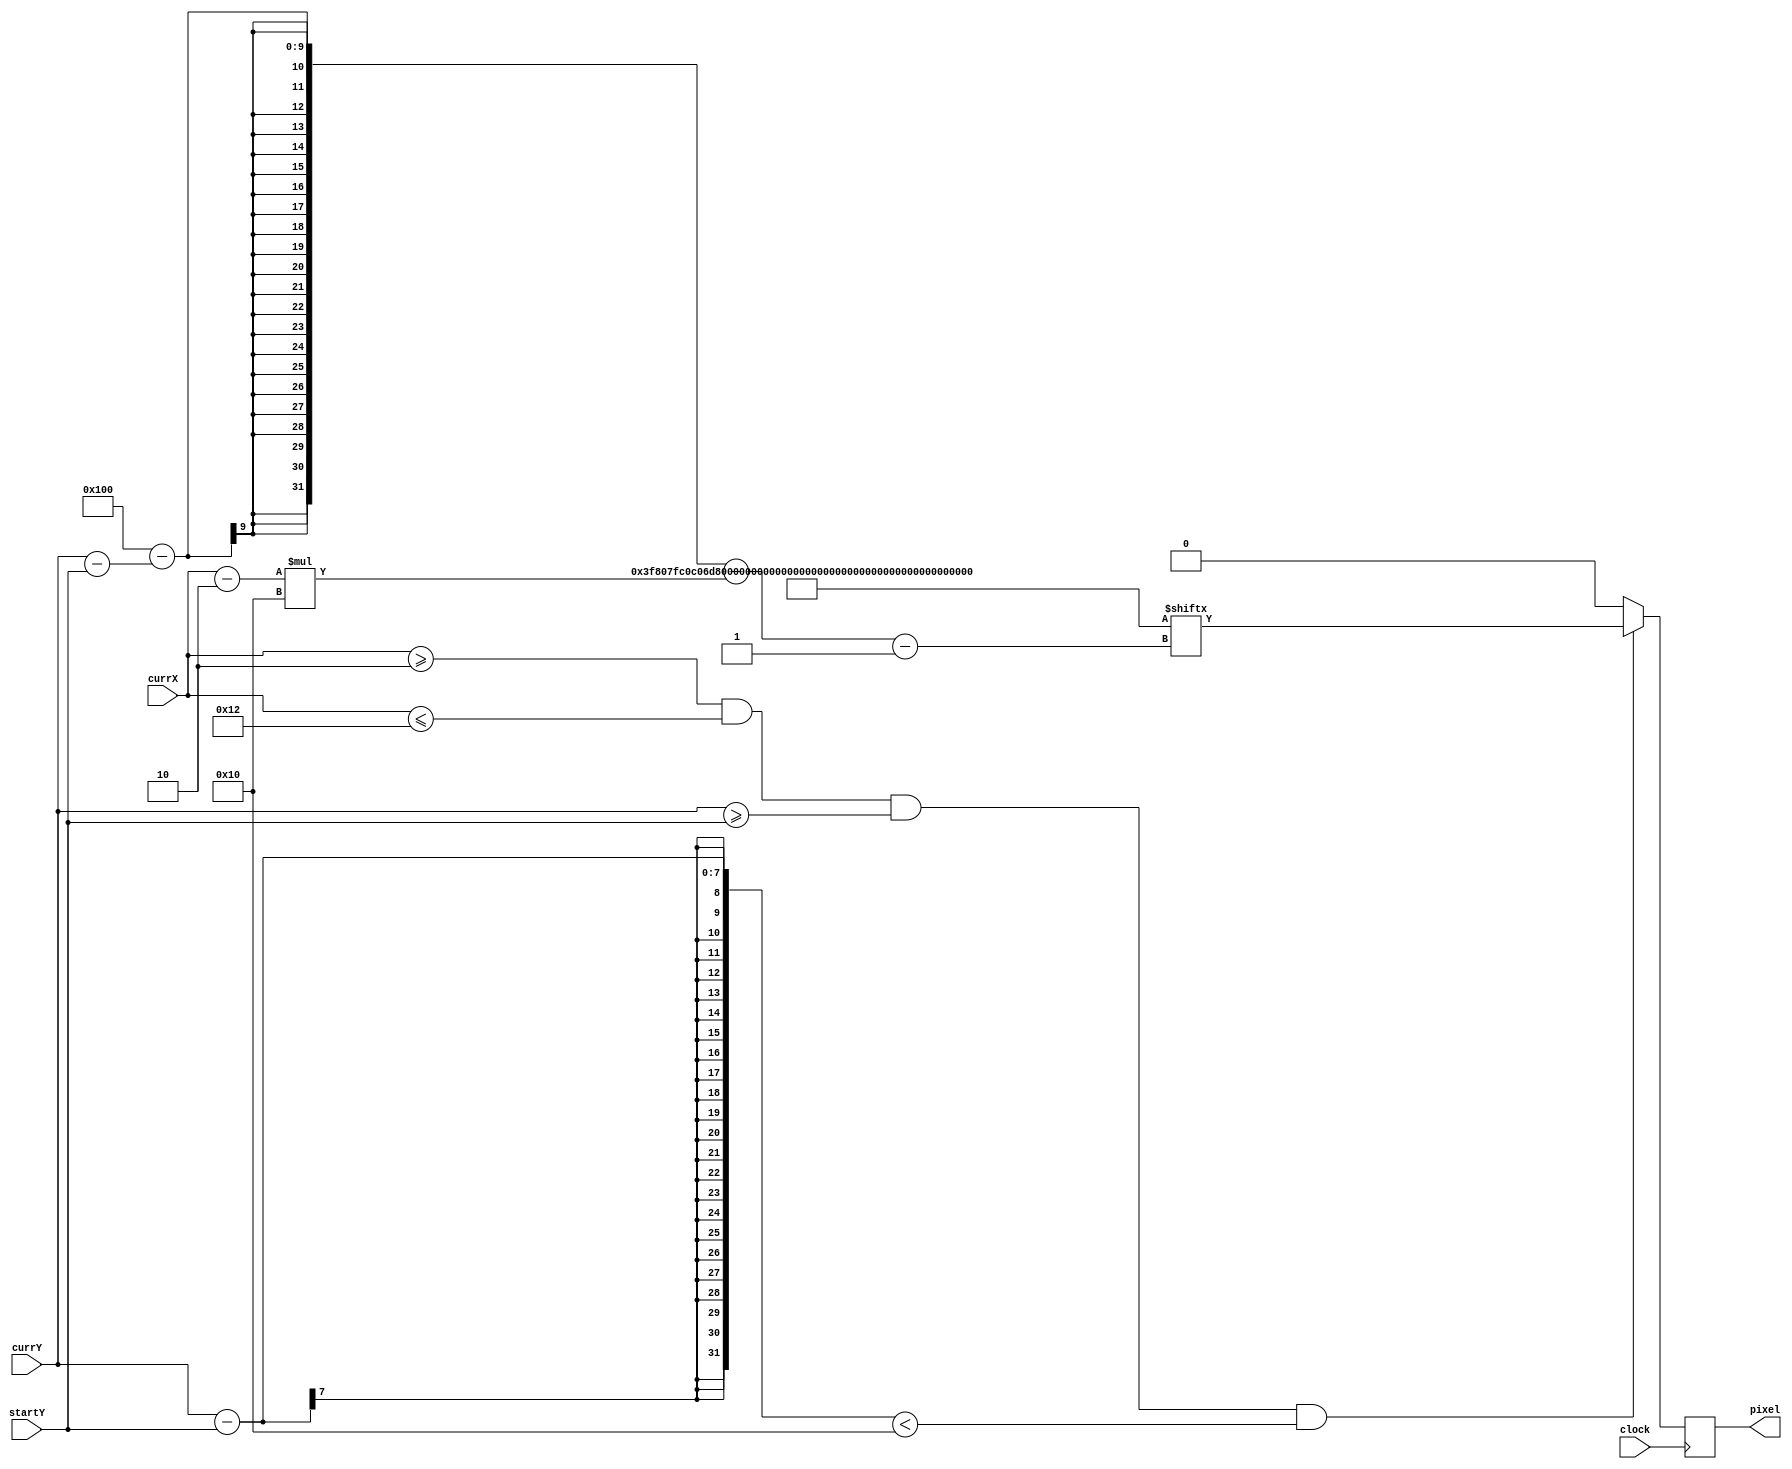
`timescale 1ns / 1ps
//////////////////////////////////////////////////////////////////////////////////
// Company: 
// Engineer: 
// 
// Design Name: 
// Module Name: logo_watch
// Project Name: 
// Target Devices: 
// Tool Versions: 
// Description: 
// 
// Dependencies: 
// 
// Revision:
// Revision 0.01 - File Created
// Additional Comments:
// 
//////////////////////////////////////////////////////////////////////////////////

module logo_watch(input clock, input [6:0] currX, currY, startY, output reg pixel);
    parameter STARTX = 2, ENDX = 18, LOGO_HEIGHT = 16;
    reg [6:0] index = 0, row = 0;
    wire [256:1] logo;
    assign logo = 256'h0000000003F807FC0C06D803D803F863F863D883D9030C0607FC03F800000000;
    always @ (posedge clock) begin
        if(currX >= STARTX && currX <= ENDX && currY >= startY && (currY - startY) < LOGO_HEIGHT) begin
            row = currY - startY; index = currX - STARTX;
            pixel = logo[256 - row - index*LOGO_HEIGHT];
        end
        else begin pixel = 0; row = 0; index = 0; end
    end
endmodule